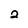
Character: 2